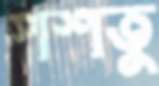
পশতু